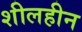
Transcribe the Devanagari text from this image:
शीलहीन